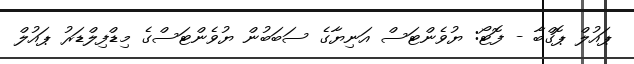
ޕައުލް ޕޮގްބާ - ފޮޓޯ: ޔުވެންޓަސް އަނިޔާގެ ސަބަބުން ޔުވެންޓަސްގެ މިޑްފިލްޑަރު ޕައުލް